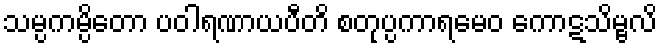
သမ္ပကမ္ပိတော ပဝါရဏာယပီတိ စတုပ္ပကာရမေဝ ကောဋသိမ္ဗလိ